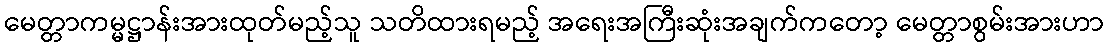
မေတ္တာကမ္မဋ္ဌာန်းအားထုတ်မည့်သူ သတိထားရမည့် အရေးအကြီးဆုံးအချက်ကတော့ မေတ္တာစွမ်းအားဟာ